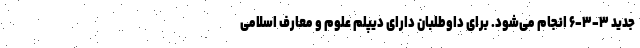
جدید ۳-۳-۶ انجام می‌شود. برای داوطلبان دارای دیپلم علوم و معارف اسلامی